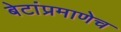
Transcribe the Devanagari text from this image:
बेटांप्रमाणेच